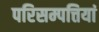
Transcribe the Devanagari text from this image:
परिसम्पत्तियां